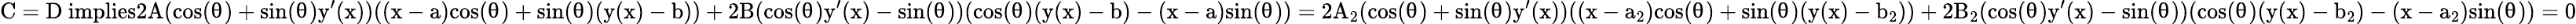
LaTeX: \mathrm{C=D\ implies2A(cos(θ)+sin(θ)y^{\prime}(x))((x-a)cos(θ)+sin(θ)(y(x)-b))+2B(cos(θ)y^{\prime}(x)-sin(θ))(cos(θ)(y(x)-b)-(x-a)sin(θ))=2A_{2}(cos(θ)+sin(θ)y^{\prime}(x))((x-a_{2})cos(θ)+sin(θ)(y(x)-b_{2}))+2B_{2}(cos(θ)y^{\prime}(x)-sin(θ))(cos(θ)(y(x)-b_{2})-(x-a_{2})sin(θ))=0}